Annual statistical returns and brief notes on vaccination in Bengal - 1909-1929
Year: 1909
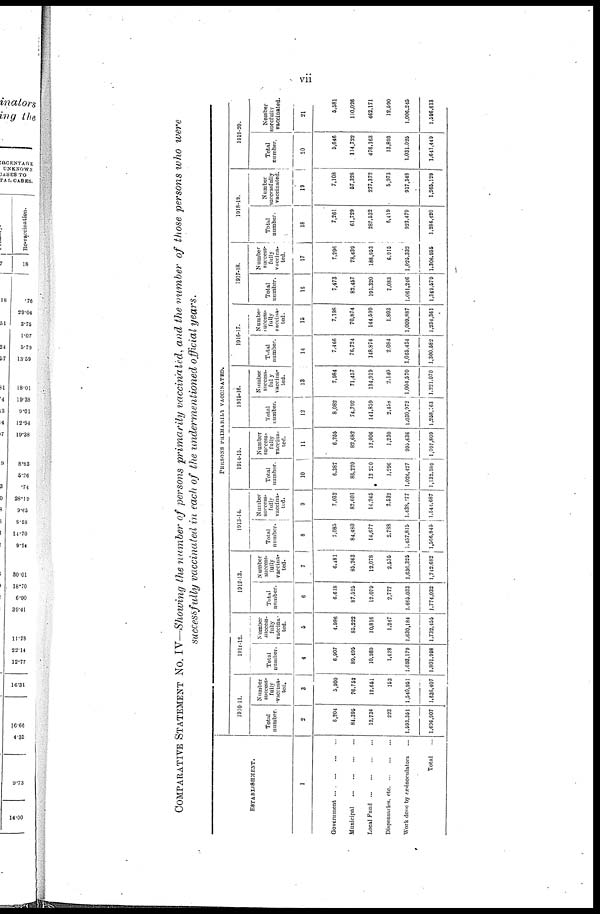
vii
COMPARATIVE STATEMENT NO. IV—Showing the number of persons primarily vaccinated, and the number of those persons who were
successfully vaccinated in each of the undermentioned official years.
ESTABLISHMENT.
1
Government
...
...
...
...
Municipal
...
...
...
...
Local Fund
...
...
...
...
Dispensaries, etc
...
...
...
Work done by ex-inoculators ...
Total ...
PERSONS PRIMARILY VACCINATED.
1910-11.
Total
number.
2
6,204
84,395
12,734
223
1,593,351
1,696,907
Number
success-
fully
vaccina-
ted.
3
3,900
76,752
12,651
153
1,540,951
1,636,407
1911-12.
Total
number.
4
6,907
89,496
10,989
1,428
1,693,179
1,801,998
Number
success-
fully
vaccina-
ted.
5
4,986
85,222
10,816
1,247
1,630,184
1,732,455
1912-13.
Total
number.
6
6,618
87,525
12,079
2,777
1,665,033
1,774,032
Number
success-
fully
vaccina-
ted.
7
6,481
85,263
12,078
2,535
1,636,325
1,742,682
1913-14.
Total
number.
8
7,085
84,480
14,677
2,788
1,457,815
1,566,845
Number
success-
fully
vaccina-
ted.
9
7,032
82,601
14,245
2,532
1,438,277
1,544,687
1914-15.
Total
number.
10
6,387
86,220
12,250
1,296
1,026,427
1,132,589
Number
success-
fully
vaccina-
ted.
11
6,255
82,682
12,006
1,230
995,636
1,097,809
1915-16.
Total
number.
12
8,082
74,792
141,859
2,458
1,030,972
1,258,163
Number
success-
fully
vaccina-
ted.
13
7,984
71,457
134,919
2,140
1,004,570
1,221,070
1916-17.
Total
number.
14
7,466
76,724
148,874
2,084
1,065,434
1,300,582
Number
success-
fully
vaccina-
ted.
15
7,198
70,874
144,699
1,803
1,009,887
1,234,361
1917-18.
Total
number.
16
7,473
82,457
191,320
7,083
1,061,246
1,349,579
Number
success-
fully
vaccina-
ted.
17
7,296
78,439
188,953
6,915
1,025,332
1,306,935
1918-19.
Total
number.
18
7,261
61,729
287,532
6,419
923,479
1,286,420
Number
successfully
vaccinated.
19
7,108
57,328
277,372
5,973
917,348
1,265,129
1919-20.
Total
number.
20
5,646
114,722
476,163
13,893
1,031,025
1,641,449
Number
successfully
vaccinated.
21
5,581
110,026
462,171
12,590
1,006,245
1,596,613